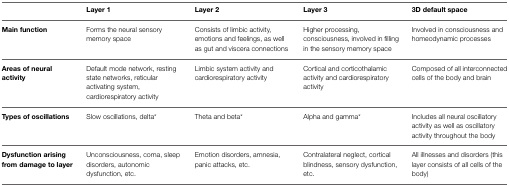
|  | Layer 1 | Layer 2 | Layer 3 | 3D default space |
 | --- | --- | --- | --- | --- |
 | Main function | Forms the neural sensory memory space | Consists of limbic activity, emotions and feelings, as well as gut and viscera connections | Higher processing, consciousness, involved in filling in the sensory memory space | Involved in consciousness and homeodynamic processes |
 | Areas of neural activity | Default mode network, resting state networks, reticular activating system, cardiorespiratory activity | Limbic system activity and cardiorespiratory activity | Cortical and corticothalamic activity and cardiorespiratory activity | Composed of all interconnected cells of the body and brain |
 | Types of oscillations | Slow oscillations, delta* | Theta and beta* | Alpha and gamma* | Includes all neural oscillatory activity as well as oscillatory activity throughout the body |
 | Dysfunction arising from damage to layer | Unconsciousness, coma, sleep disorders, autonomic dysfunction, etc. | Emotion disorders, amnesia, panic attacks, etc. | Contralateral neglect, cortical blindness, sensory dysfunction, etc. | All illnesses and disorders (this layer consists of all cells of the body) |